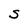
Character: S